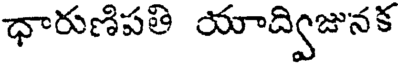
ధారుణిపతి యాద్విజునక